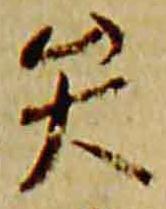
矢